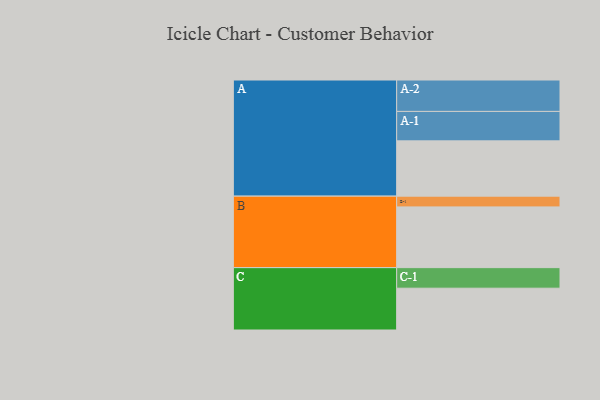
{"axis": {"x": "Segment", "y": "Value"}, "legend": ["", "A", "B", "C"], "data": [{"x": "A", "y": 447, "type": ""}, {"x": "B", "y": 491, "type": ""}, {"x": "C", "y": 338, "type": ""}, {"x": "A-1", "y": 238, "type": "A"}, {"x": "A-2", "y": 254, "type": "A"}, {"x": "B-1", "y": 87, "type": "B"}, {"x": "C-1", "y": 166, "type": "C"}]}